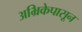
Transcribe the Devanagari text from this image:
अभ्रिकेपासून